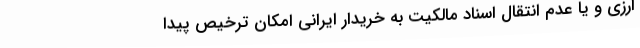
ارزی و یا عدم انتقال اسناد مالکیت به خریدار ایرانی امکان ترخیص پیدا